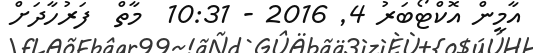
އާމީން އޮކްޓޯބަރު 4